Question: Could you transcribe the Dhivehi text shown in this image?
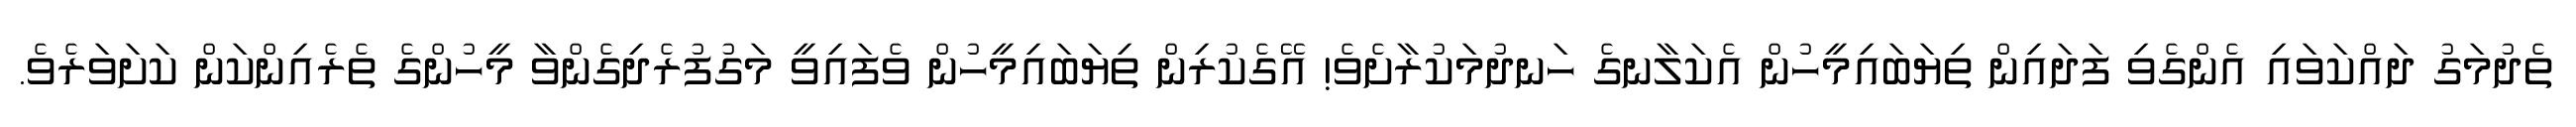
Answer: ތެދުމަގު ދައްކަވައި އެންގެވި ފަދައިން ތިޔަބައިމީހުން އެކަލާނގެ ހަނދުމަކުރާށެވެ! އޭގެކުރިން ތިޔަބައިމީހުން ވެފައިވީ މަގުފުރެދިގެންވާ މީހުންގެ ތެރެއިންކަން ކަށަވަރެވެ.